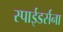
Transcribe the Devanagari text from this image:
स्पाईडर्सना